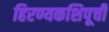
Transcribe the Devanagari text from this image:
हिरण्यकशिपूची